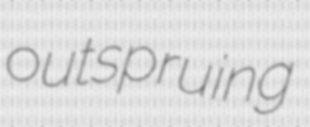
outspruing